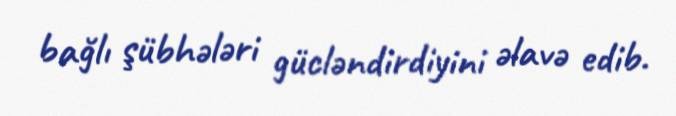
bağlı şübhələri gücləndirdiyini əlavə edib.